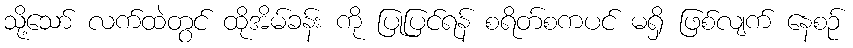
သို့သော် လက်ထဲတွင် ထိုအိမ်ခန်း ကို ပြုပြင်ရန် စရိတ်စကပင် မရှိ ဖြစ်လျက် နေစဉ်